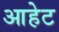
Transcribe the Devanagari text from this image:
आहेट